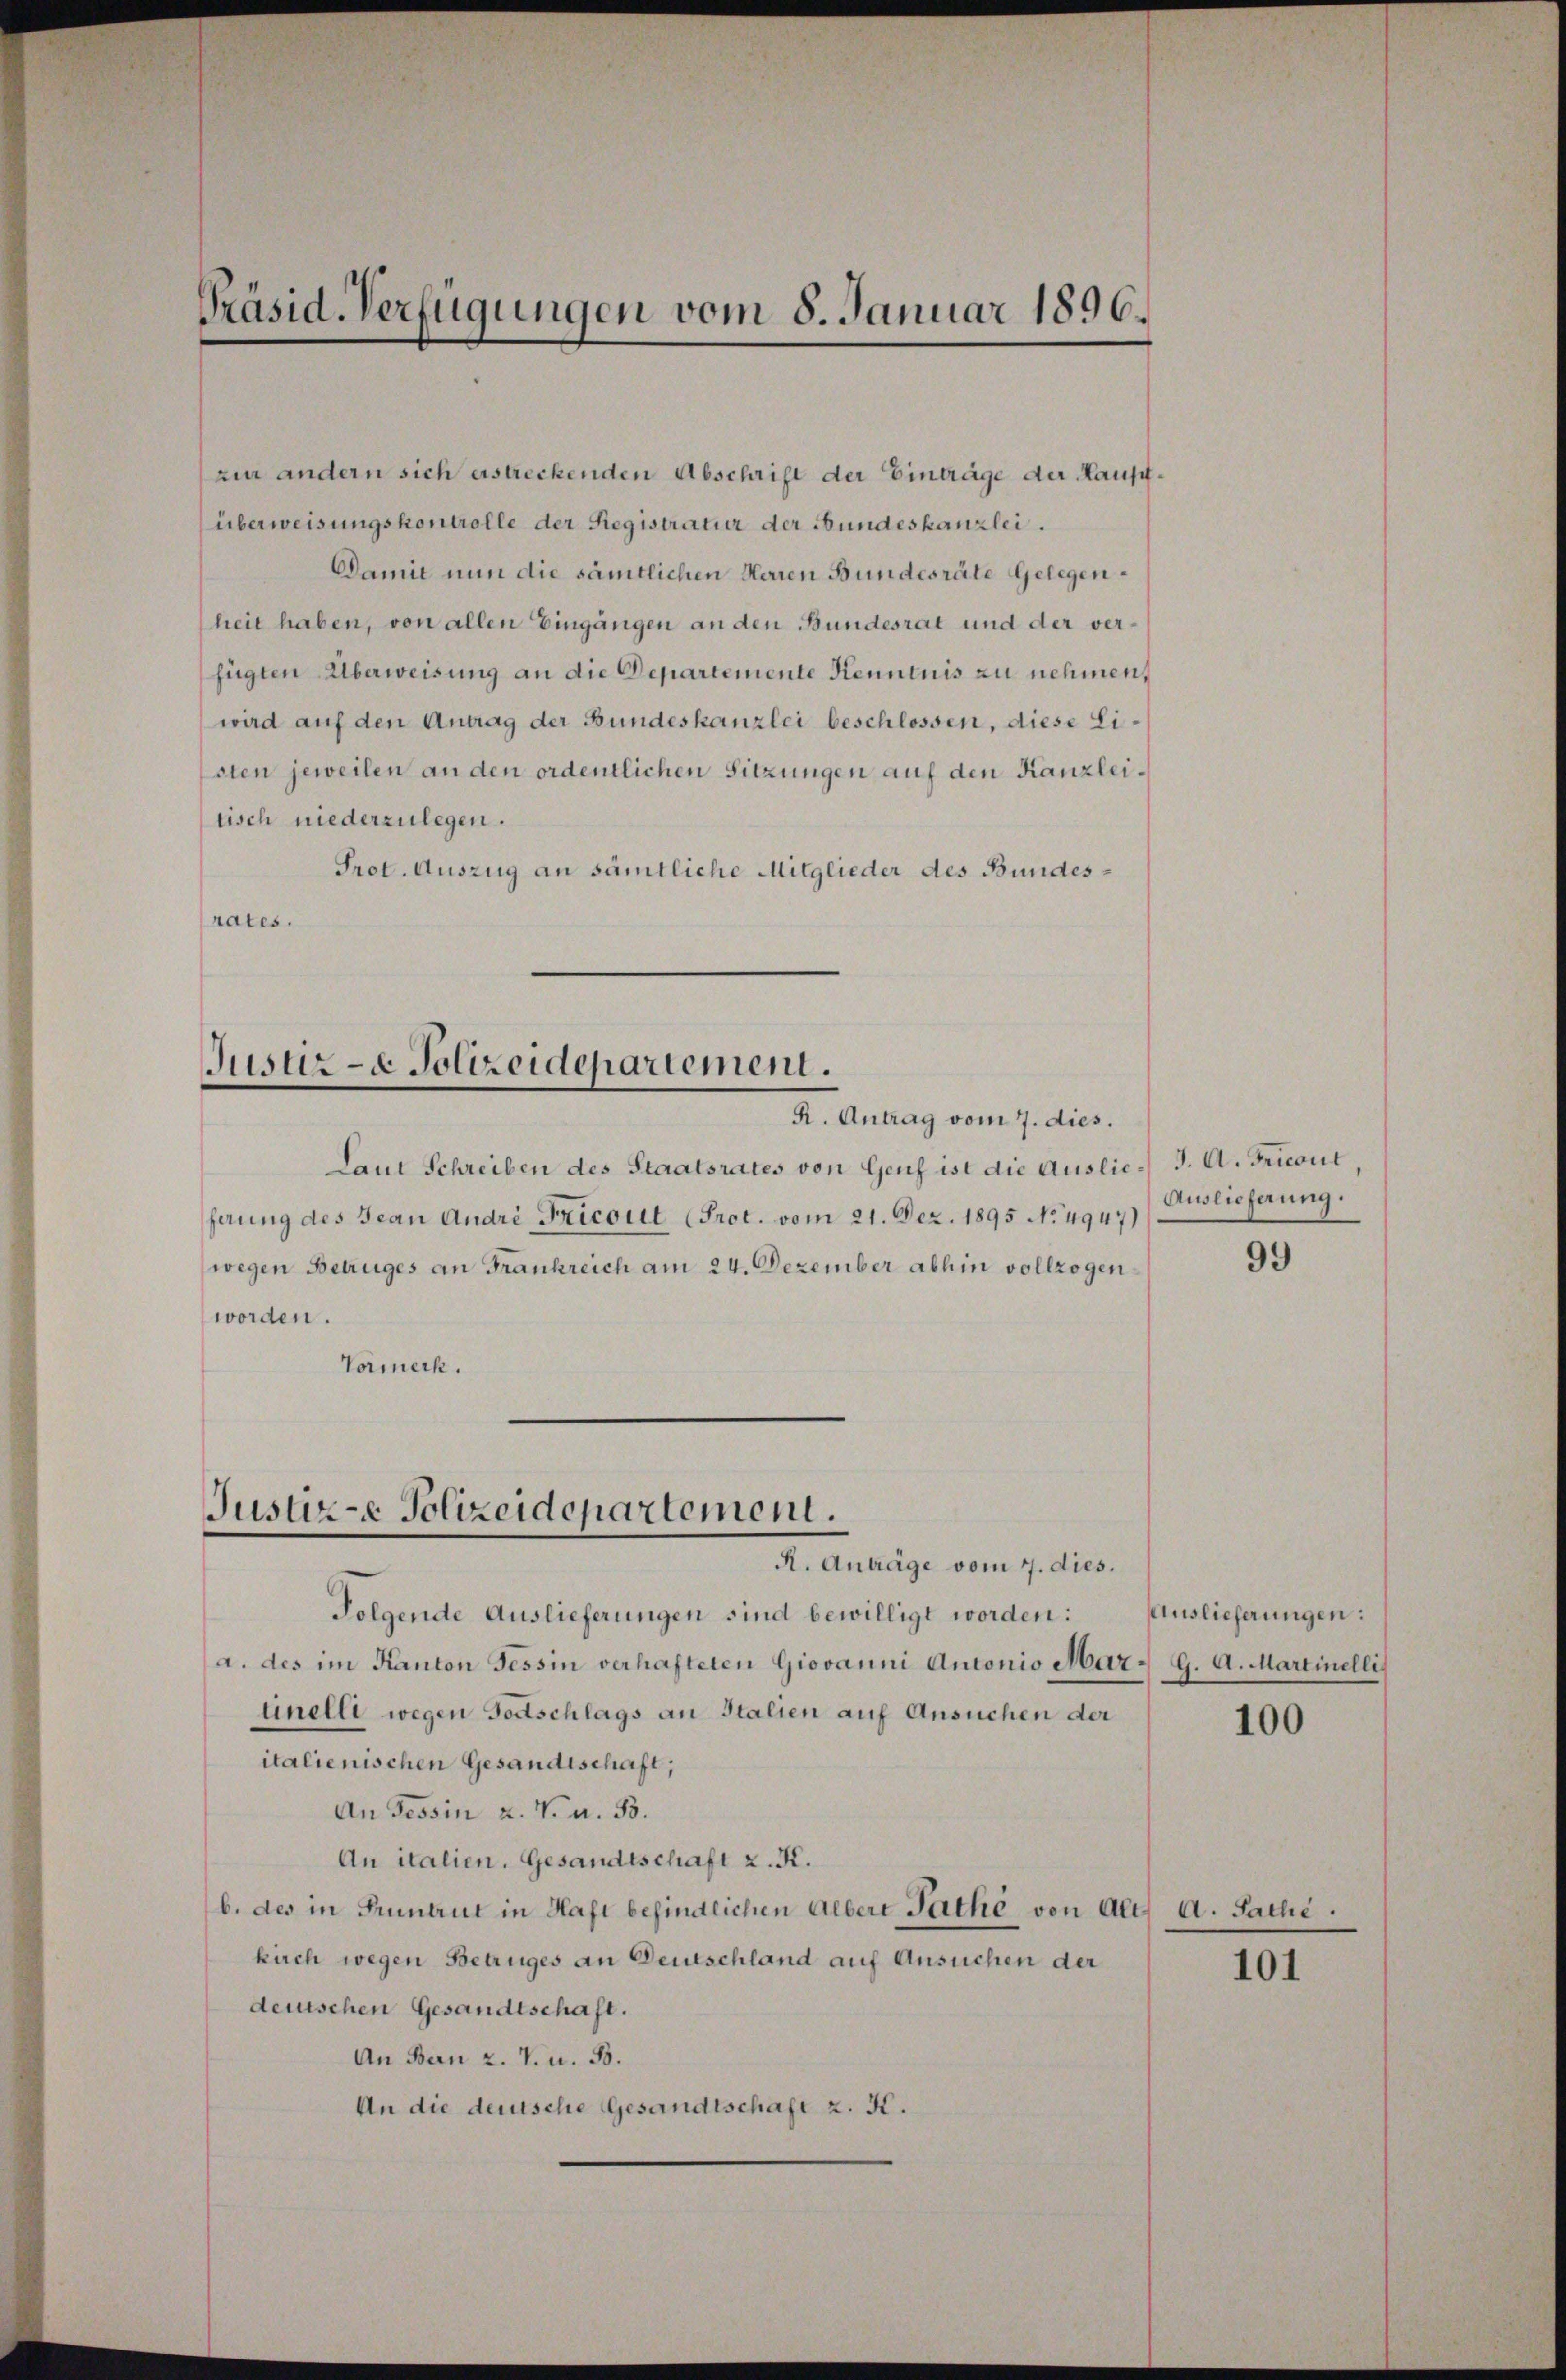
Präsid-Verfügungen vom 8. Januar 1896.

zur andern sich erstreckenden Abschrift der Einträge der Hauptüberweisungskontrolle der Registratur der Bundeskanzlei.
Damit nun die sämtlichen Herren Bundesräte Gelegenheit haben, von allen Eingängen an den Bundesrat und der verfügten Überweisung an die Departemente Kenntnis zu nehmen,
wird auf den Antrag der Bundeskanzlei beschlossen, diese Listen jeweilen an den ordentlichen Sitzungen auf den Kanzleitisch niederzulegen.
Prot. Auszug an sämtliche Mitglieder des Bundesrates.

Justiz- & Polizeidepartement.
R. Antrag vom 7. dies.

Laut Schreiben des Staatsrates von Genf ist die Auslie- J. A. Tricont
herung des Jean Andri Tricout (Prot. vom 21. Dez. 1895 No 4947)
wegen Betruges an Frankreich am 24. Dezember abhin vollzogenworden.
Vormerk.

Justiz-e Polizeidepartement.
R. Anträge vom 7. dies.

Folgende Auslieferungen sind bewilligt worden:
a. des im Kanton Tessin verhafteten Giovanni Antonio Mar. G. A. Martinelli
tinelli wegen Todtschlags an Italien auf Ansuchen der
italienischen Gesandtschaft;
An Tessin u. V. u. 55.
An italien. Gesandtschaft z. K.
b. des in Pruntrut in Haft befindlichen Albert Pathe von Alts a. Sache.
kirch wegen Betruges an Deutschland auf Ansuchen der
deutschen Gesandtschaft.
An Bern z. T. u. B.
An die deutsche Gesandtschaft z. K.

Auslieferung.

99

Auslieferungen:

100

101